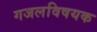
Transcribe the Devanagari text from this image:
गजलविषयक